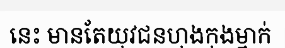
នេះ មានតែយុវជនហុងកុងម្នាក់